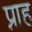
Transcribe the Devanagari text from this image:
प्नाह